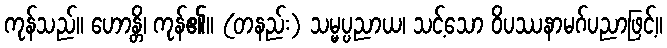
ကုန်သည်။ ဟောန္တိ၊ ကုန်၏။ (တနည်း) သမ္မပ္ပညာယ၊ သင့်သော ဝိပဿနာမဂ်ပညာဖြင့်။